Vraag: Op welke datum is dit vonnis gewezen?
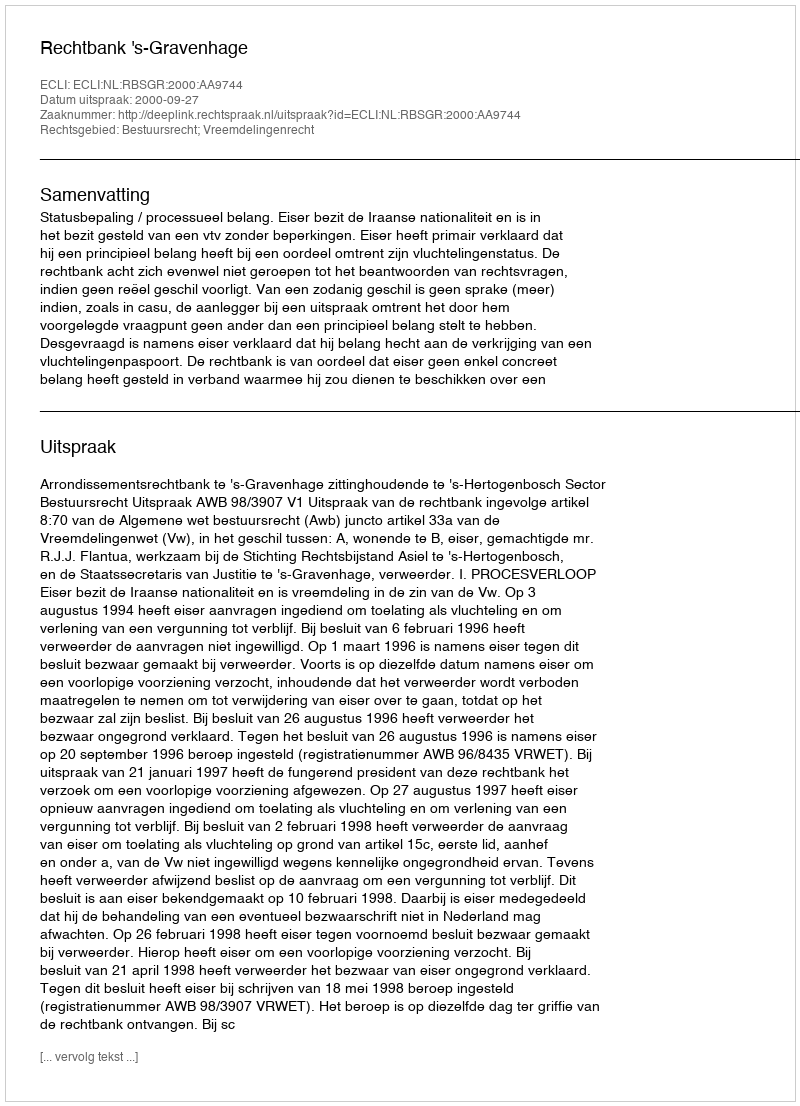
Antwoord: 2000-09-27